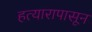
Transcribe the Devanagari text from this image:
हत्यारापासून